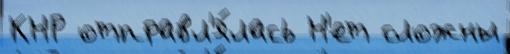
КНР отправл'я́лась Н'ет сложны